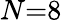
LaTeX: N{=}8